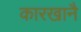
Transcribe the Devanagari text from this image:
कारखानै